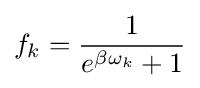
f_{k}={\frac {1}{e^{\beta \omega _{k}}+1}}